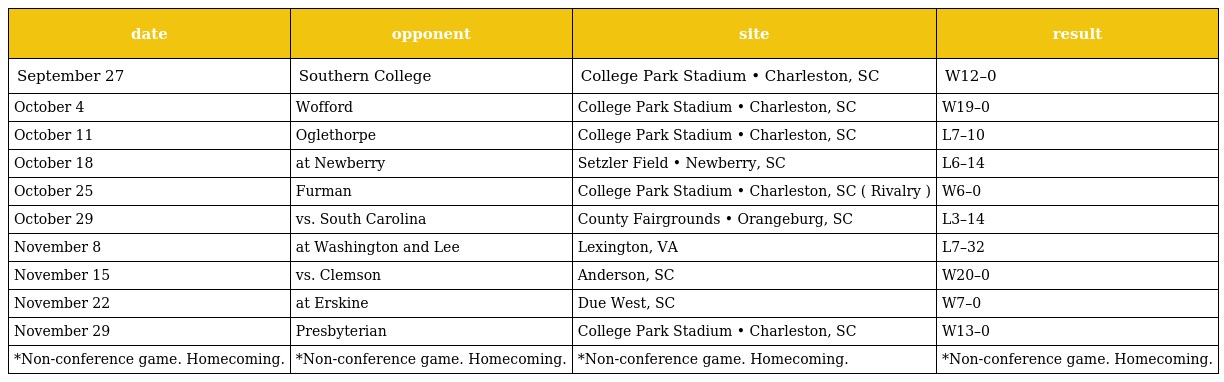
| date | opponent | site | result |
 | --- | --- | --- | --- |
 | September 27 | Southern College | College Park Stadium • Charleston, SC | W12–0 |
 | October 4 | Wofford | College Park Stadium • Charleston, SC | W19–0 |
 | October 11 | Oglethorpe | College Park Stadium • Charleston, SC | L7–10 |
 | October 18 | at Newberry | Setzler Field • Newberry, SC | L6–14 |
 | October 25 | Furman | College Park Stadium • Charleston, SC ( Rivalry ) | W6–0 |
 | October 29 | vs. South Carolina | County Fairgrounds • Orangeburg, SC | L3–14 |
 | November 8 | at Washington and Lee | Lexington, VA | L7–32 |
 | November 15 | vs. Clemson | Anderson, SC | W20–0 |
 | November 22 | at Erskine | Due West, SC | W7–0 |
 | November 29 | Presbyterian | College Park Stadium • Charleston, SC | W13–0 |
 | *Non-conference game. Homecoming. | *Non-conference game. Homecoming. | *Non-conference game. Homecoming. | *Non-conference game. Homecoming. |